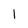
Character: 1